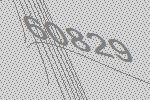
60829